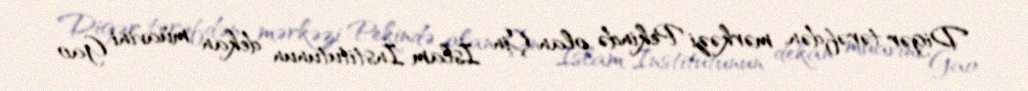
Digər tərəfdən, mərkəzi Pekində olan Çin İslam İnstitutunun dekan müavini Gao